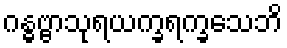
ဂန္ဓဗ္ဗာသုရယက္ခရက္ခသေဘိ